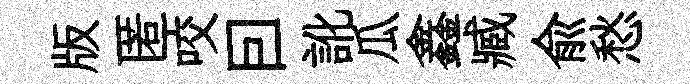
版匿咬囙訛瓜鑫臧俞愁